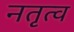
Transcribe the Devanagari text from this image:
नतृत्व